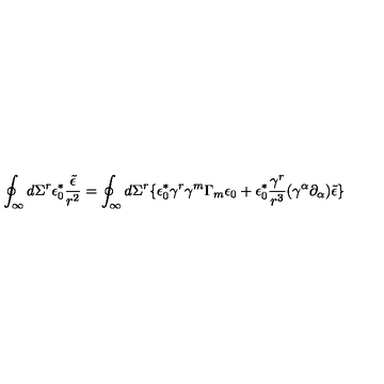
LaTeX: \oint _ { \infty } d \Sigma ^ { r } \epsilon _ { 0 } ^ { \ast } \frac { \tilde { \epsilon } } { r ^ { 2 } } = \oint _ { \infty } d \Sigma ^ { r } \lbrace \epsilon _ { 0 } ^ { \ast } \gamma ^ { r } \gamma ^ { m } \Gamma _ { m } \epsilon _ { 0 } + \epsilon _ { 0 } ^ { \ast } \frac { \gamma ^ { r } } { r ^ { 3 } } ( \gamma ^ { \alpha } \partial _ { \alpha } ) \tilde { \epsilon } \rbrace